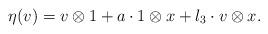
LaTeX: \begin{align*} \eta(v)=v\otimes 1+a \cdot 1\otimes x+l_3 \cdot v\otimes x.\end{align*}